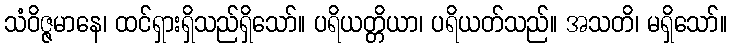
သံဝိဇ္ဇမာနေ၊ ထင်ရှားရှိသည်ရှိသော်။ ပရိယတ္တိယာ၊ ပရိယတ်သည်။ အသတိ၊ မရှိသော်။